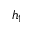
h _ { 1 }